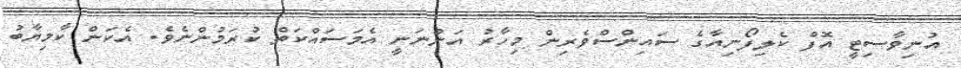
އުނިވާސިޓީ އޮފް ކެލިފޯނިއާގެ ސައިންސްވެރިން މިހާރު އަންނަނީ އެމަސައްކަތް ކުރަމުންނެވެ. އެކަން ކާމިޔާބު